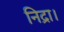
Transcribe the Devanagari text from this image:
निद्रा।